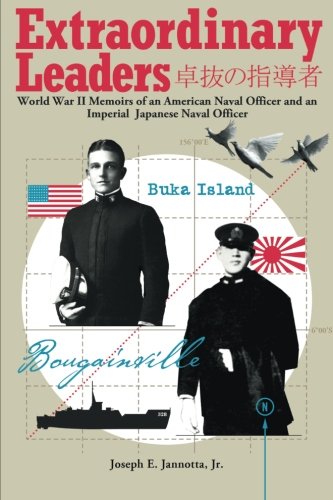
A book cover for Extraordinary Leaders: World War II Memoirs of an American Naval Officer and an Imperial Japanese Naval Officer; Joseph E. Janotta Jr.; History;